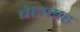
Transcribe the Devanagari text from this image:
बेटासह